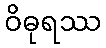
ဝိဓုရဿ